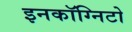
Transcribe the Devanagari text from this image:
इनकॉग्निटो